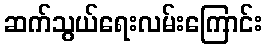
ဆက်သွယ်ရေးလမ်းကြောင်း